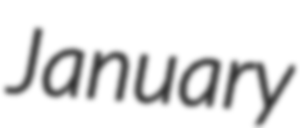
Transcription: January